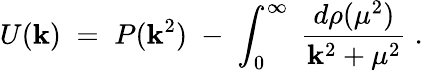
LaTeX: U(\mathbf{k})\; =\; P(\mathbf{k}^{2})\; -\; \int_{0}^{\infty}\; \frac{{d\rho(\mu^{2})}}{{\mathbf{k}^{2}+\mu^{2}}}\; .